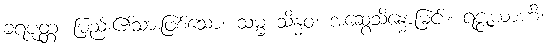
ခရပုတ္တ၊ မြည်း၏သားဖြစ်သော။ သမ္မ သိန္ဓဝ၊ အဆွေသိန္ဓောမြင်း။ ရဇ္ဇုယာဟိ၊